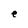
Character: e